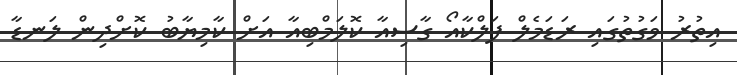
އިތުރު ވަގުތުގައި ރަޑަމެލް ފަލްކާއޯ ގާސިއާ ކޮލަމްބިއާ އަށް ކާމިޔާބު ކޮށްދިން ލަނޑާ